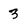
Character: 3